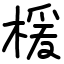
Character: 楥